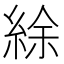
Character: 䋡